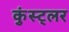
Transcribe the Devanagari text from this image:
कुंस्ट्लर